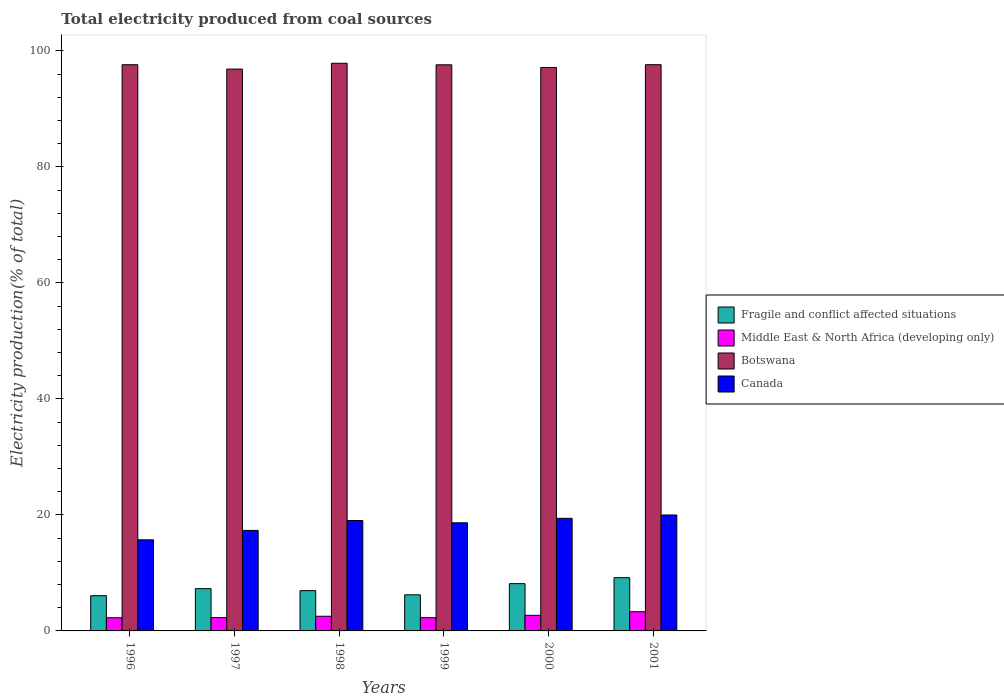
| Years | Fragile and conflict affected situations | Middle East & North Africa (developing only) | Botswana | Canada |
 | --- | --- | --- | --- | --- |
 | 1996 | 6.08 | 2.27 | 97.6 | 15.7 |
 | 1997 | 7.29 | 2.3 | 96.9 | 17.3 |
 | 1998 | 6.94 | 2.53 | 97.9 | 19 |
 | 1999 | 6.23 | 2.28 | 97.6 | 18.6 |
 | 2000 | 8.15 | 2.69 | 97.1 | 19.4 |
 | 2001 | 9.18 | 3.31 | 97.6 | 20 |